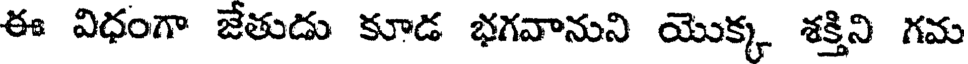
ఈ విధంగా జేతుడు కూడ భగవానుని యొక్క శక్తిని గమ